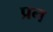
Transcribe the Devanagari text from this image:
प्रन